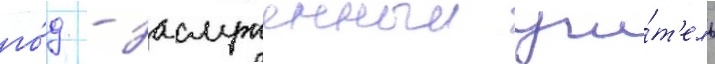
го́д - заслуженныи учи́т'ель